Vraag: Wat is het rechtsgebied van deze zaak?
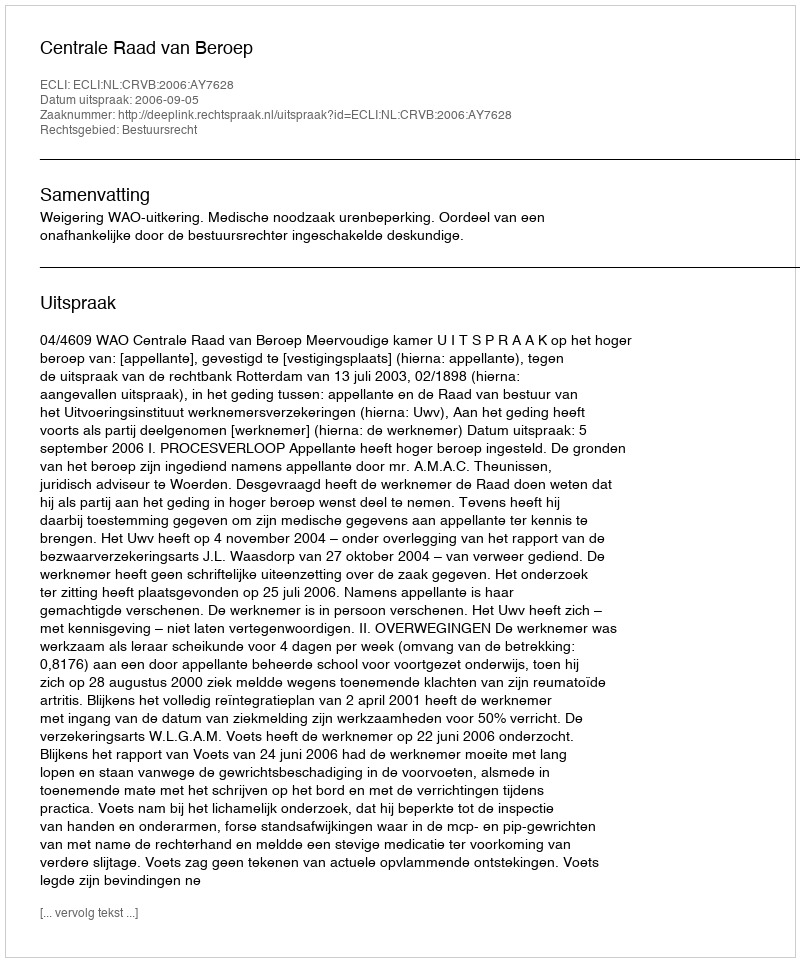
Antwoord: Bestuursrecht